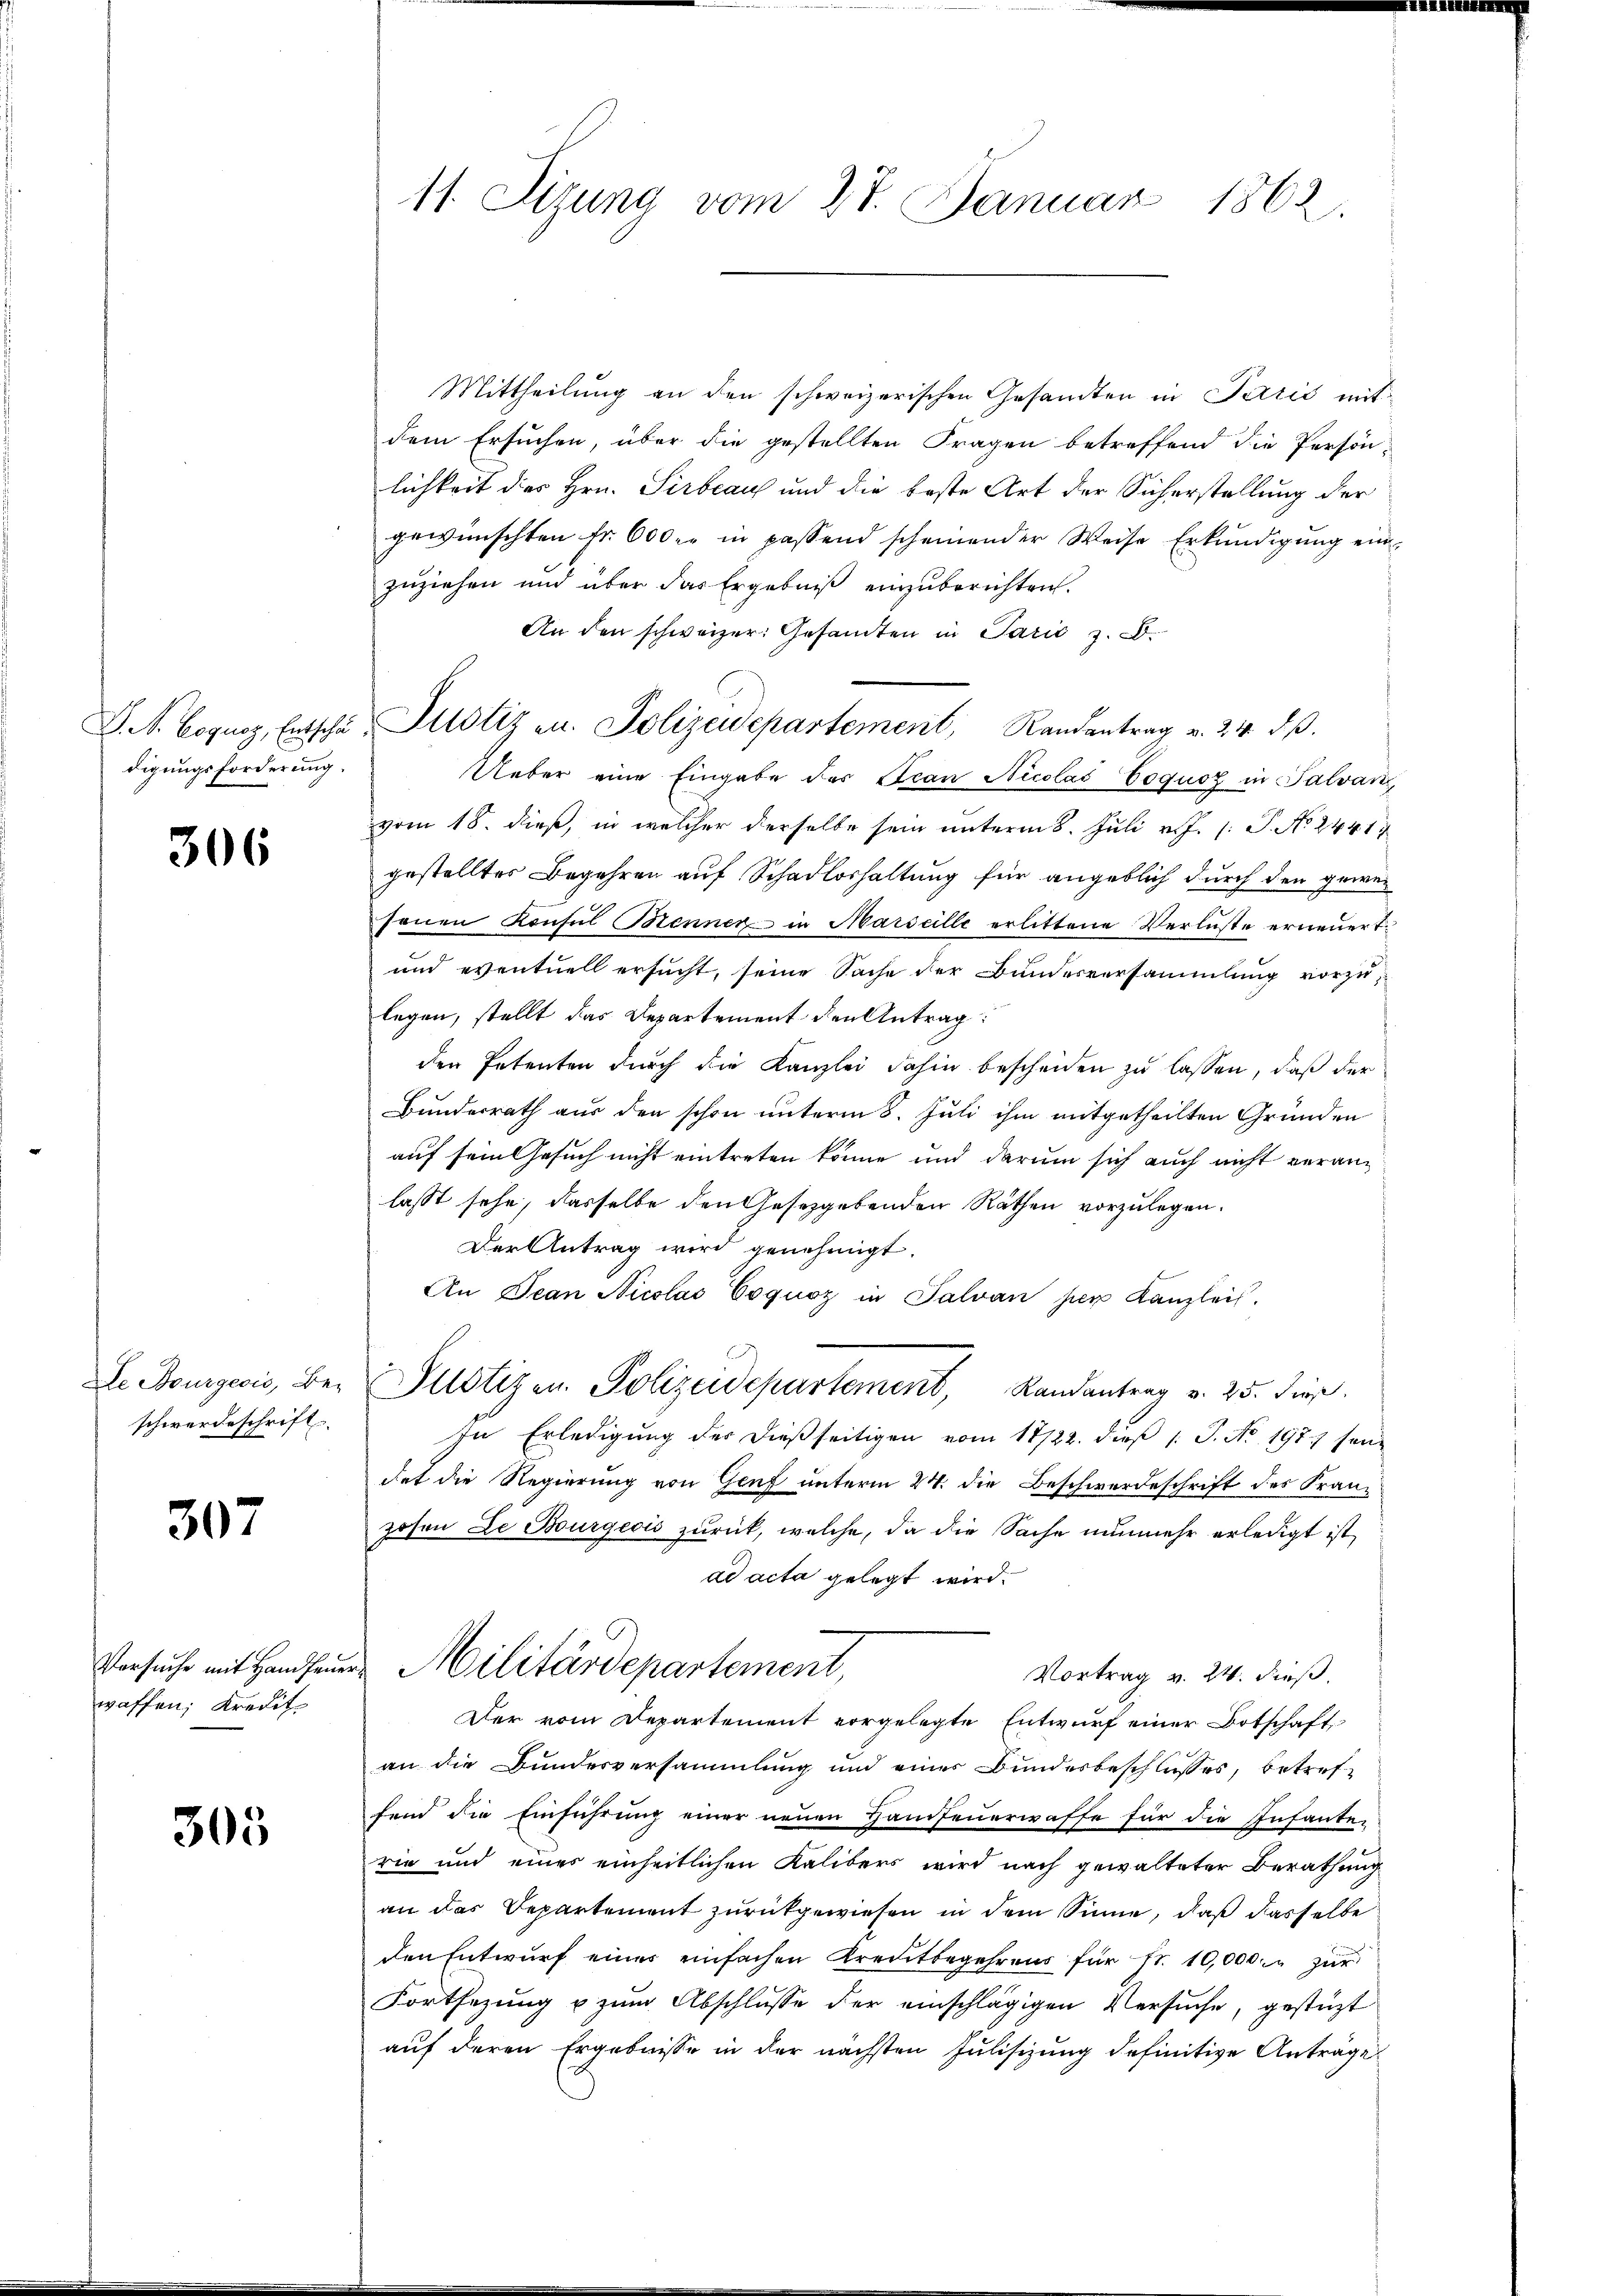
digungsforderung.

306

De Bourgeois, Be-
schwerdeschrift

307

Versuche mit Handfeuer
waffen; Kredit

305

11. Sizung vom 27. Januar 1862.

Mittheilung an den schweizerischen Gesandten in Perić mit
dem Ersuchen, über die gestellten Fragen betreffend die Persönlichkeit des Hrn. Sirbeau und die beste Art der Sicherstellung der
gewünschten fr. 600. in passend scheinender Weise Erkŭndigŭng ein-
zŭziehen und über das Ergebniβ einzŭberichten.
An den schweizer. Gesamten in Parić 3.6.
Ueber eine Eingabe des Scan Nicolas Coquoz in Salvan
vom 18. dieß, in welcher derselbe sein unterm 8. Juli v. J. 1. P. No. 24413
gestelltes Begehren auf Schadloshaltung für angeblich durch den gewesonen Konsul Benner in Marseille erlittene Verluste erneuert.
und eventuell ersucht, seine Sache der Bundesversammlung vorzulegen, stellt das Departement den Antrag:
den Petenten durch die Kanzlei dahin bescheiden zu lassen, daß der
Bundesrath aus den schon unterm 8. Juli ihm mitgetheilten Gründen
auf sein Gesuch nicht eintreten könne und darum sich auch nicht veranlasst sehe, dasselbe den Gesetzgebenden Räthen vorzulegen.
Der Antrag wird genehmigt.
An Jean Nicolas Coquoz in Talvan per Kanzlei.
Justizen Polizeidepartement, Randantrag v. 25. Jun.
In Erledigung der dießseitigen vom 17/22. dieß (T. No. 1977 seine
det die Regierung von Genf unterm 24. die Beschwerdeschrift des Franz
zosen Le Burgeois zurück, welche, da die Sache nunmehr erledigt ist,
ad acta gelegt wird.
Militärdepartement,
Vortrag v. 24. dieß.
Der vom Departement vorgelegte Entwurf einer Botschaft
an die Bundesversammlung und einer Bundesbeschlusses, betreffend die Einführung einer neuen Handfeuerwaffe für die Infante-
rie und eines einheitlichen Kalibers wird nach gewalteter Berathung
an das Departement zurückgewiesen in dem Sinne, daß dasselbe
den Entwurf eines einfachen Kreutbegehrens für fr. 10,000. zur
Fortsezung u zŭm Abschlusse der einschlägigen Versuche, gestüzt
auf deren Ergebnisse in der nächsten Julisizung definitive Anträge

D. N. Bogusz, Entsche Motiz zu. Polizeidepartement, Randantrag v. 24. dβ.